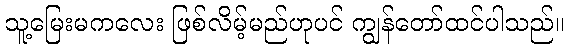
သူ့မြေးမကလေး ဖြစ်လိမ့်မည်ဟုပင် ကျွန်တော်ထင်ပါသည်။